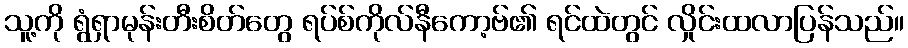
သူ့ကို ရွံရှာမုန်းတီးစိတ်တွေ ရပ်စ်ကိုလ်နီကော့ဗ်၏ ရင်ထဲတွင် လှိုင်းထလာပြန်သည်။